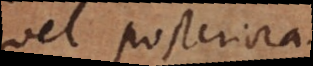
vel posteria.